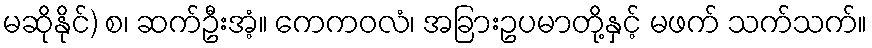
မဆိုနိုင်) စ၊ ဆက်ဦးအံ့။ ကေကဝလံ၊ အခြားဥပမာတို့နှင့် မဖက် သက်သက်။